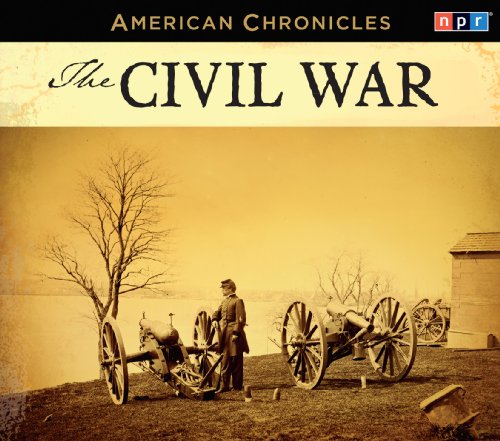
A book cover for NPR American Chronicles: The Civil War; NPR; Humor & Entertainment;